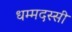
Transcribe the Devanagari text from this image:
धम्मदस्सी